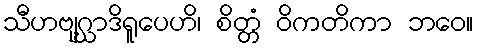
သီဟဗျဂ္ဃာဒိရူပေဟိ၊ စိတ္တံ ဝိကတိကာ ဘဝေ။